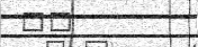
١٣